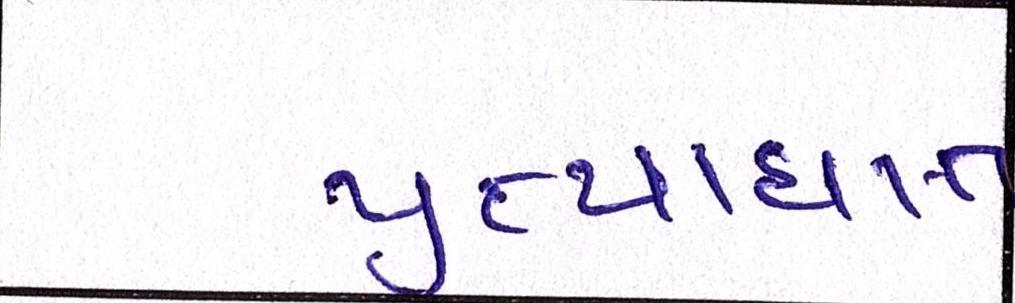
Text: પ્રત્યાઘાત